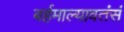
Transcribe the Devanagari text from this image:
बर्हमाल्यावतंसं